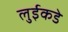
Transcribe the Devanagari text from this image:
लुईकडे